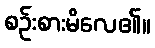
စဉ်းစားမိလေ၏။